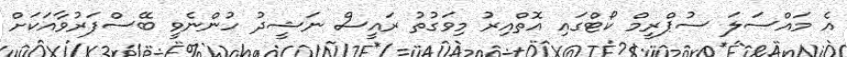
އެ މައްސަލަ ސުޕްރީމް ކޯޓްގައި އޮތްއިރު މިވަގުތު ރައީސް ނަޝީދު ހުންނެވީ ބޭސްފަރުވާއަކަށް